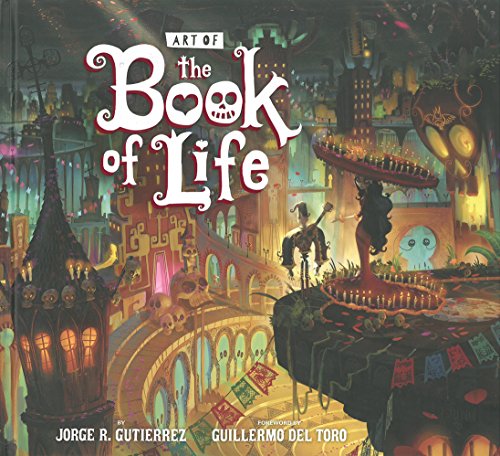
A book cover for The Art of the Book of Life; Jorge Gutierrez; Comics & Graphic Novels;